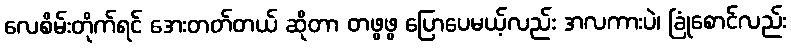
လေစိမ်းတိုက်ရင် အေးတတ်တယ် ဆိုတာ တဖွဖွ ပြောပေမယ့်လည်း အလကားပဲ၊ ခြုံစောင်လည်း